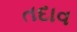
તદાવ